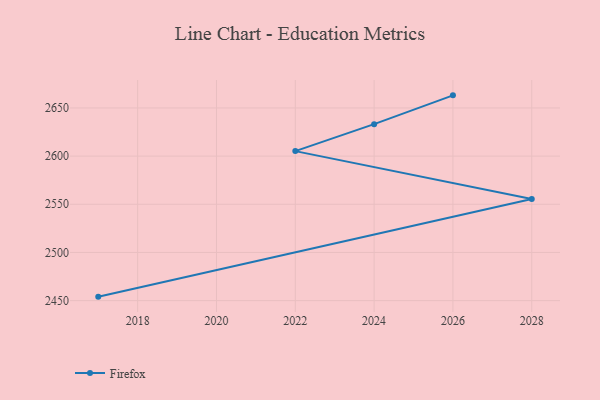
{"axis": {"x": "Year", "y": "Customer Acquisition Cost (USD)"}, "legend": ["Firefox"], "data": [{"x": "2026", "y": 2663.1, "type": "Firefox"}, {"x": "2024", "y": 2633.2, "type": "Firefox"}, {"x": "2022", "y": 2605.2, "type": "Firefox"}, {"x": "2028", "y": 2555.4, "type": "Firefox"}, {"x": "2017", "y": 2454.1, "type": "Firefox"}]}